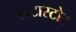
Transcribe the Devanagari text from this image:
डाटास्टोर